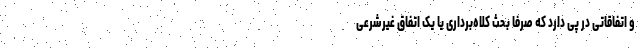
و اتفاقاتی در پی دارد که صرفاً بحث کلاه‌برداری یا یک اتفاق غیرشرعی